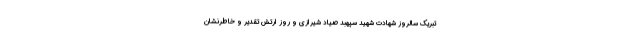
تبریک سالروز شهادت شهید سپهبد صیاد شیرازی و روز ارتش تقدیر و خاطرنشان